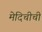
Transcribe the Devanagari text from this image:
मेदिचीची